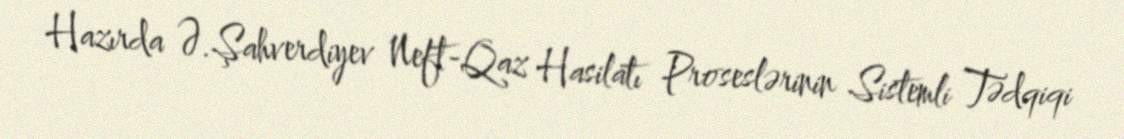
Hazırda Ə.Şahverdiyev Neft-Qaz Hasilatı Proseslərinin Sistemli Tədqiqi